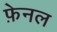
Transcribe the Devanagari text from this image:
फ़ेनल